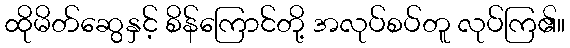
ထိုမိတ်ဆွေနှင့် စိန်ကြောင်တို့ အလုပ်စပ်တူ လုပ်ကြ၏။